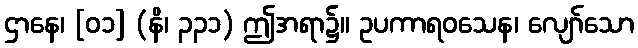
ဌာနေ၊ [၀၁] (နိ၊ ၃၃၁) ဤအရာ၌။ ဥပကာရဝသေန၊ လျော်သော